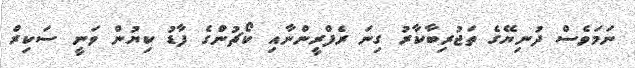
ނަމަވެސް ދުނިޔޭގެ ތަޖުރިބާކާރު ގިނަ ރެފްރީންނާއި ކޯޗުންގެ ފާޑު ކިޔުން ވަނީ ސަކިރް